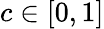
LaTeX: c\in[0,1]